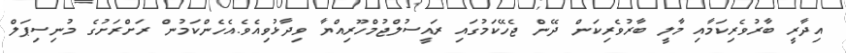
އިދާރީ ބާރުވެރިކަމާއި މާލީ ބާރުވެރިކަން ދޭން ޖެހޭކަމުގައި ރައީސުލްޖުމްހޫރިއްޔާ ވިދާޅުވިއެވެ.އެހެންކަމުން ރަށްރަށުގެ މުނިސިޕަލް